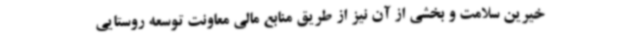
خیرین سلامت و بخشی از آن نیز از طریق منابع مالی معاونت توسعه روستایی